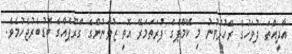
އާދީއްތަ ދުވަހުގެ ރޭހުޅުވުނު މި ކޭމްޕްގެ ފުރަތަމަރޭ އޮތީ ޒުވާނުންގެ ގްރޫޕެއްގެ ބޮޑުބެރުޖެހުމެވެ.